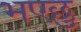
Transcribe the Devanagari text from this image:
भएछु